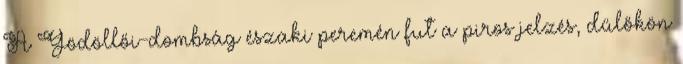
A Gödöllői-dombság északi peremén fut a piros jelzés, dűlőkön